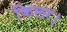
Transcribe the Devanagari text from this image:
किलर।